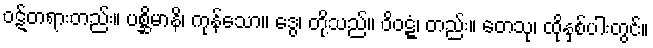
ဝဋ်တရားတည်း။ ပစ္ဆိမာနိ၊ ကုန်သော။ ဒွေ၊ တို့သည်။ ဝိဝဋ္ဋံ၊ တည်း။ တေသု၊ ထိုနှစ်ပါးတွင်။